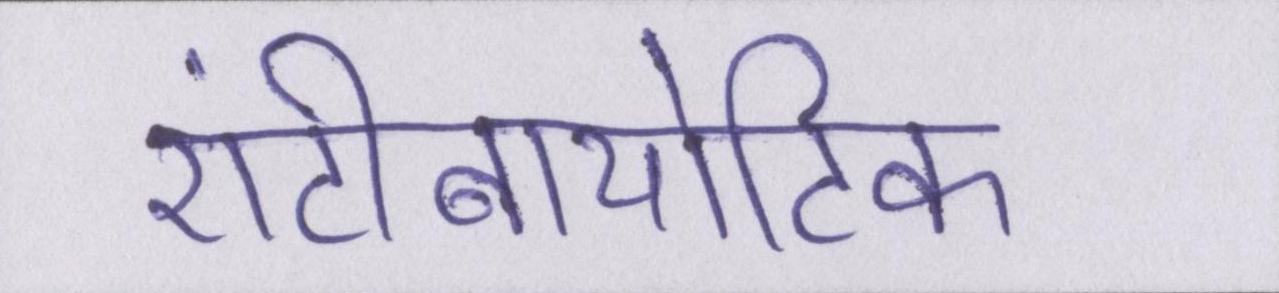
एंटीबायोटिक